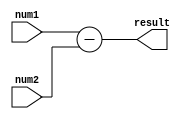
module Subtractor (
    input [7:0] num1,
    input [7:0] num2,
    output reg [7:0] result
);

reg [7:0] input1_reg;
reg [7:0] input2_reg;

always @* begin
    input1_reg = num1;
    input2_reg = num2;
    
    result = input1_reg - input2_reg;
end

endmodule